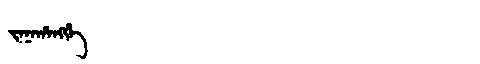
Manchu: ᠵᠠᠨᠠᡥᠠᠩᡤᡝ
Romanization: JANAHANGGE